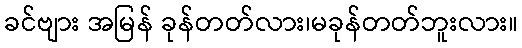
ခင်ဗျား အမြန် ခုန်တတ်လား၊မခုန်တတ်ဘူးလား။